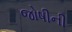
જોષીની